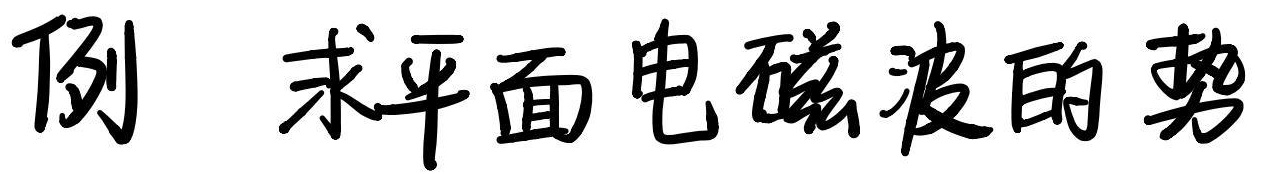
例 求平面电磁波的势